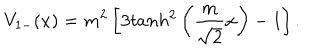
LaTeX: V _ { 1 - } ( x ) = m ^ { 2 } \left[ 3 t a n h ^ { 2 } \left( \frac { m } { \sqrt { 2 } } x \right) - 1 \right] .